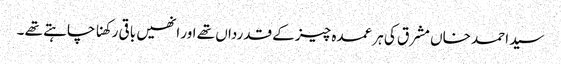
سید احمد خاں مشرق کی ہر عمدہ چیز کے قدرداں تھے اور انھیں باقی رکھنا چاہتے تھے ۔